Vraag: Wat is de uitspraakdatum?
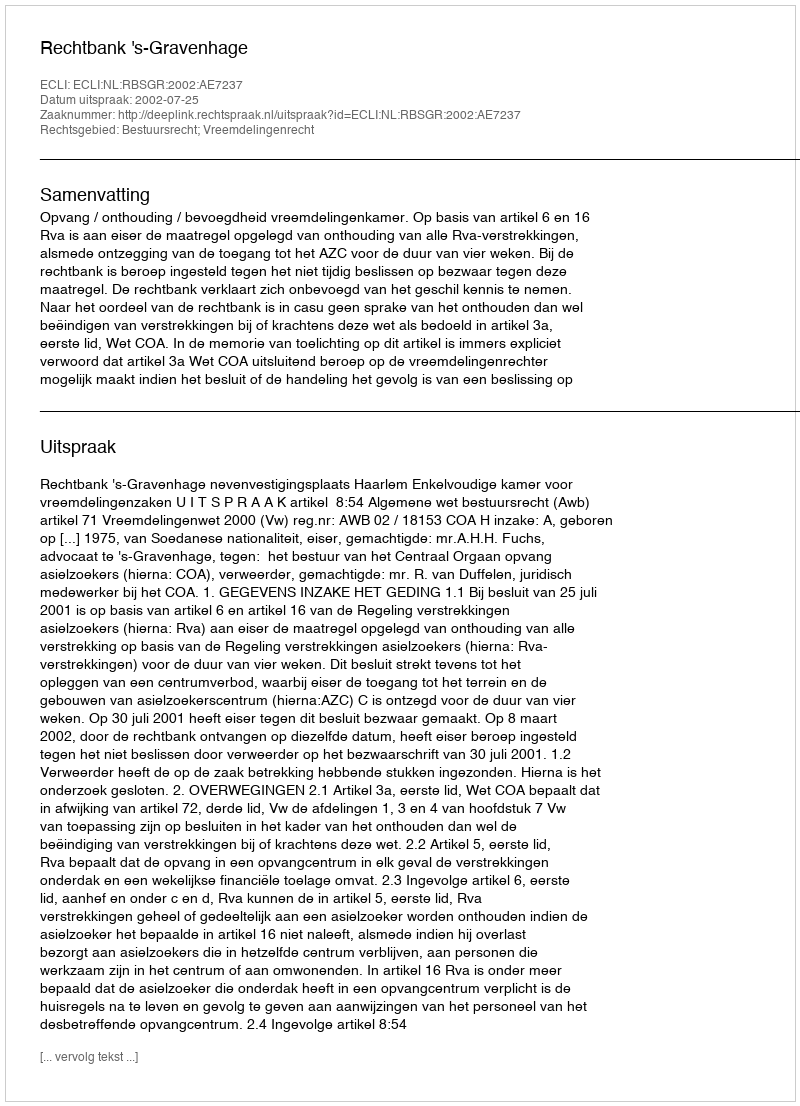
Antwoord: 2002-07-25